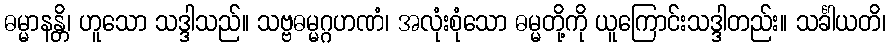
ဓမ္မာနန္တိ၊ ဟူသော သဒ္ဒါသည်။ သဗ္ဗဓမ္မဂ္ဂဟဏံ၊ အလုံးစုံသော ဓမ္မတို့ကို ယူကြောင်းသဒ္ဒါတည်း။ သင်္ခါယတိ၊